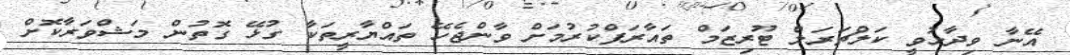
އޭނާ ވިދާޅުވީ ކަލްޗަރަލް ޓޫރިޒަމް ތައާރަފްކުރުމަށް ވާންޖެހޭ ތައްޔާރީތަކާ ގުޅޭ ގޮތުން މަޝްވަރާކޮށް